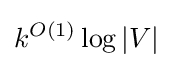
k^{O(1)}\log |V|